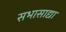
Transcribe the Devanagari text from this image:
सभासाद्या